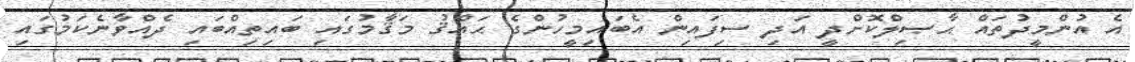
އެ އުންމީދުތައް ޙާޞިލްކޮށްދީ އަދި ސިފައިން އެބައިމީހުންގެ ޙައްޤު މަޤާމުގައި ބައިތިއްބައި ދެއްވާނެކަމުގައި